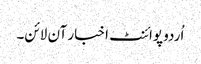
اُردو پوائنٹ اخبار آن لائن۔